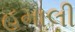
હમાલી